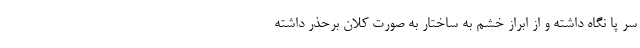
سر پا نگاه داشته و از ابراز خشم به ساختار به صورت کلان برحذر داشته